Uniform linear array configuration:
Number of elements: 4
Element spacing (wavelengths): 0.25
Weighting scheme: hann
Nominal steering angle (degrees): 30
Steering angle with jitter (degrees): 31.567
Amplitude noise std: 0.05
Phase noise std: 0.05

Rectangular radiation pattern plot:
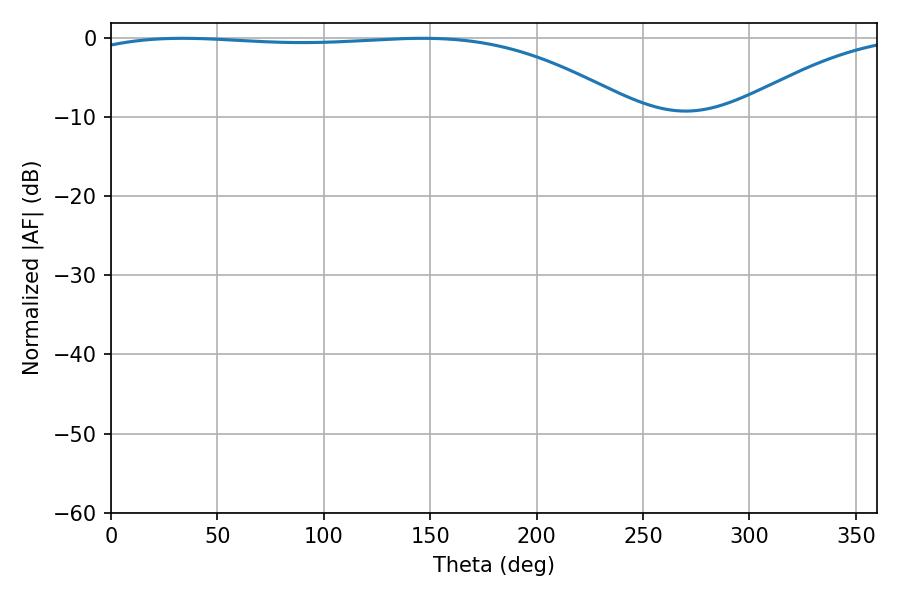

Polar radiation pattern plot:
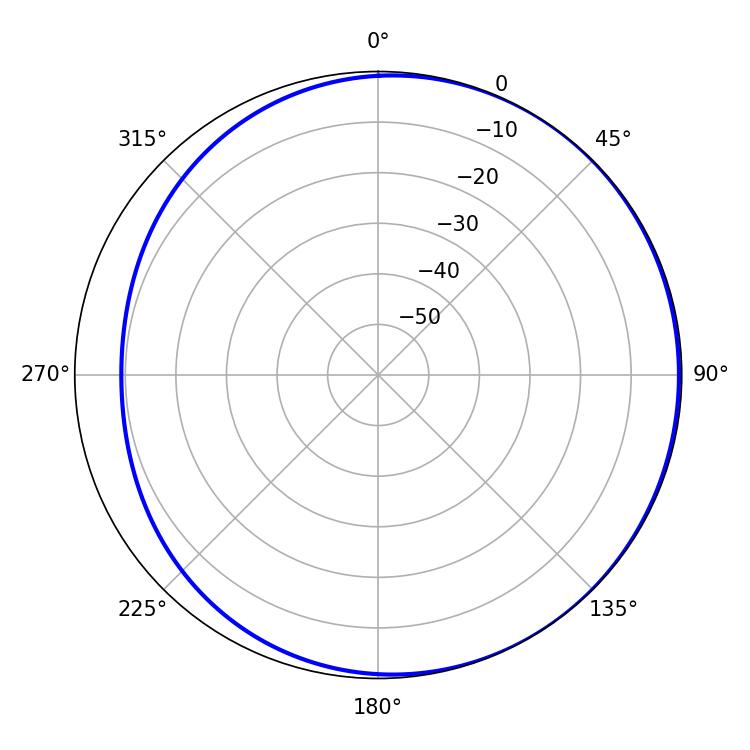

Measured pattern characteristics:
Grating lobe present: FALSE
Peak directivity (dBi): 1.68
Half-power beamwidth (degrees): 206.46
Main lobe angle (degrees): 33.66